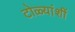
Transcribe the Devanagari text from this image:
टोळ्यांशीं